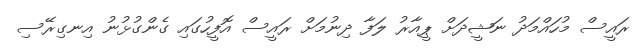
ރައީސް މުހައްމަދު ނަޝީދަށް ޕީއާރު ލަފާ ދިނުމަށް ރައީސް އޮފީހުގައި ގެންގުޅުނު އިނގިރޭސި